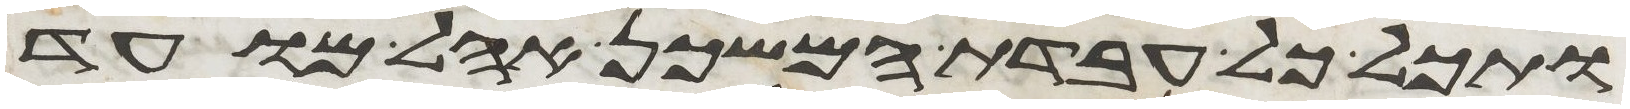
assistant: ותכל כל עבדת המשכן אהל מועד